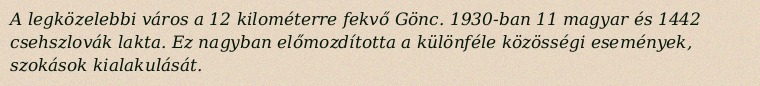
A legközelebbi város a 12 kilométerre fekvő Gönc. 1930-ban 11 magyar és 1442 csehszlovák lakta. Ez nagyban előmozdította a különféle közösségi események, szokások kialakulását.